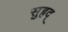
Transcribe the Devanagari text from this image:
सुह्रद्